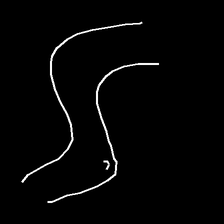
Glyph: float